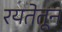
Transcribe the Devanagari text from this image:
रयतेतून